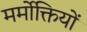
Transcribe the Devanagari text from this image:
मर्मोक्तियों